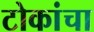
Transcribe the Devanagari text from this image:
टोकांचा